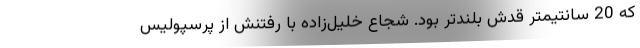
که 20 سانتیمتر قدش بلندتر بود. شجاع خلیل‌زاده با رفتنش از پرسپولیس